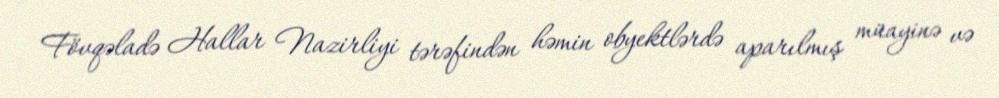
Fövqəladə Hallar Nazirliyi tərəfindən həmin obyektlərdə aparılmış müayinə və